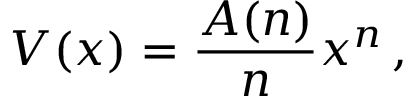
V ( x ) = \frac { A ( n ) } { n } x ^ { n } \, ,